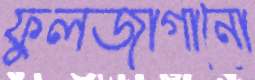
ফুলজাগানো